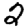
Digit: 2